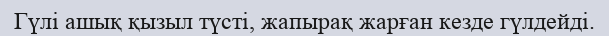
Гүлі ашық қызыл түсті, жапырақ жарған кезде гүлдейді.